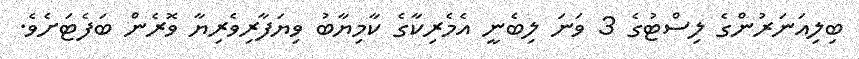
ބިލިއަނަރުންގެ ލިސްޓުގެ 3 ވަނަ ލިބެނީ އެމެރިކާގެ ކާމިޔާބު ވިޔަފާރިވެރިޔާ ވޮރެން ބަފެޓަށެވެ.